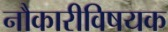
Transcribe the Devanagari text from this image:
नौकारीविषयक